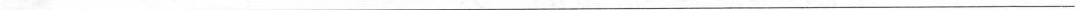
___